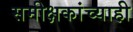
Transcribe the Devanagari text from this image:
समीक्षकांच्याही